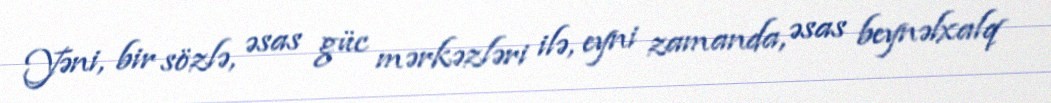
Yəni, bir sözlə, əsas güc mərkəzləri ilə, eyni zamanda, əsas beynəlxalq